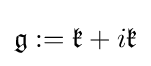
{\mathfrak {g}}:={\mathfrak {k}}+i{\mathfrak {k}}